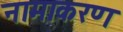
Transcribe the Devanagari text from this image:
नामाकरण्‍ा